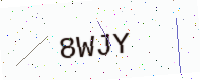
Text: 8WJY